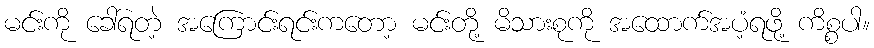
မင်းကို ခေါ်ရတဲ့ အကြောင်းရင်းကတော့ မင်းတို့ မိသားစုကို အထောက်အပံ့ရဖို့ ကိစ္စပါ။